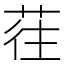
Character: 𰱖